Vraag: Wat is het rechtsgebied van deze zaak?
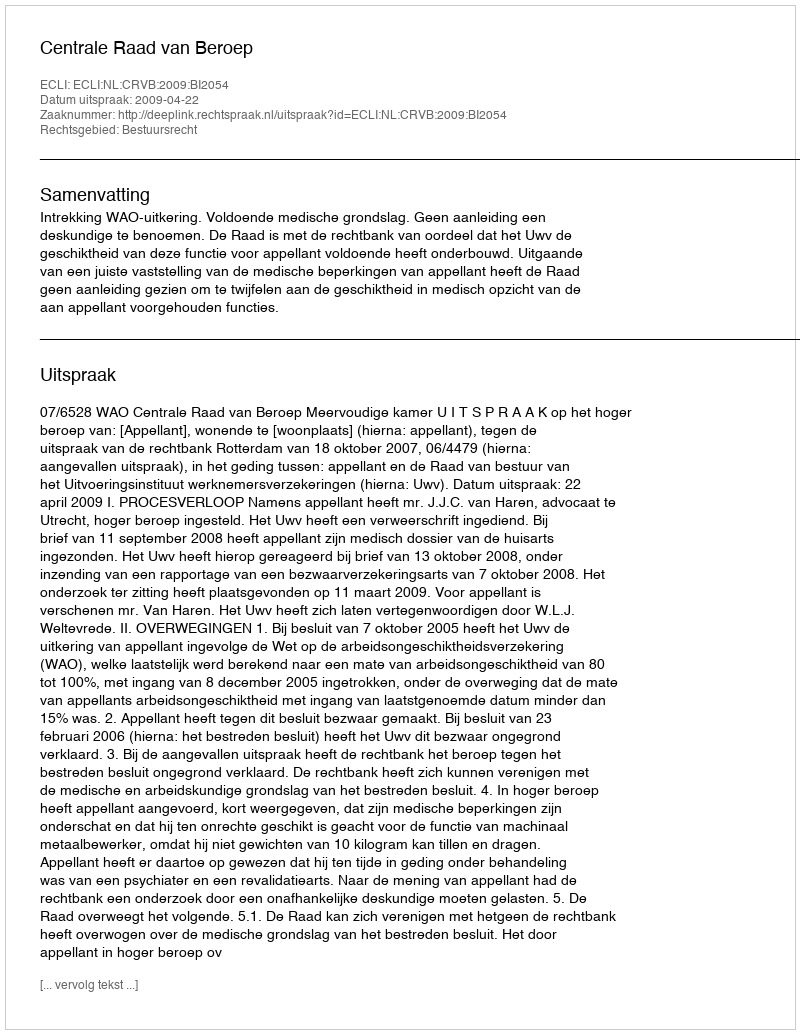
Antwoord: Bestuursrecht